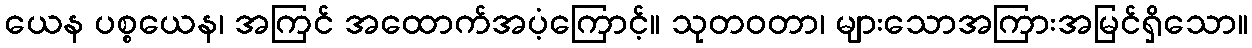
ယေန ပစ္စယေန၊ အကြင် အထောက်အပံ့ကြောင့်။ သုတဝတာ၊ များသောအကြားအမြင်ရှိသော။